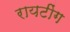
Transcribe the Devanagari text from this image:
रायटींग